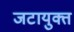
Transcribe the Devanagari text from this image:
जटायुक्त